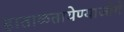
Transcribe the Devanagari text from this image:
हाताळतायेण्याजोगे